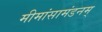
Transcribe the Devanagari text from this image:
मीमांसामंडनम्